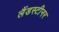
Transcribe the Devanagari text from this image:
लैंडस्टीनर